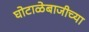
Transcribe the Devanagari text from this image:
घोटाळेबाजीच्या